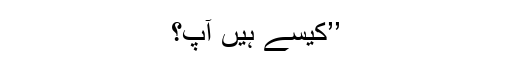
’’کیسے ہیں آپ؟